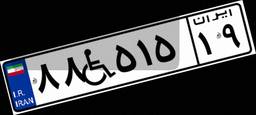
۸۸W۵۱۵۱۹